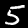
Label: 5